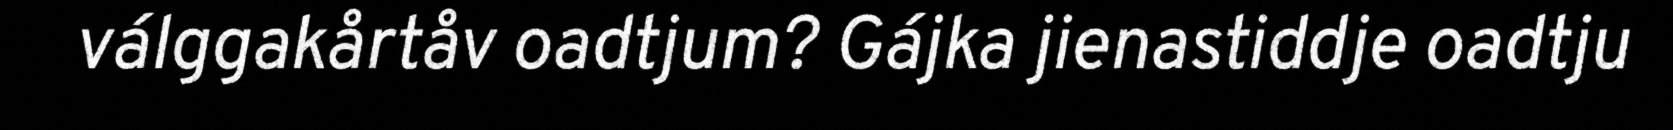
válggakårtåv oadtjum? Gájka jienastiddje oadtju